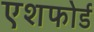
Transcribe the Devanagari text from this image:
एशफोर्ड